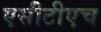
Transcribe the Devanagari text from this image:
एसीटीएच